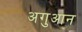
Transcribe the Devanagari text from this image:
अगुआन